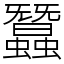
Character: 蠶